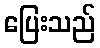
ပြေးသည်